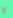
لا